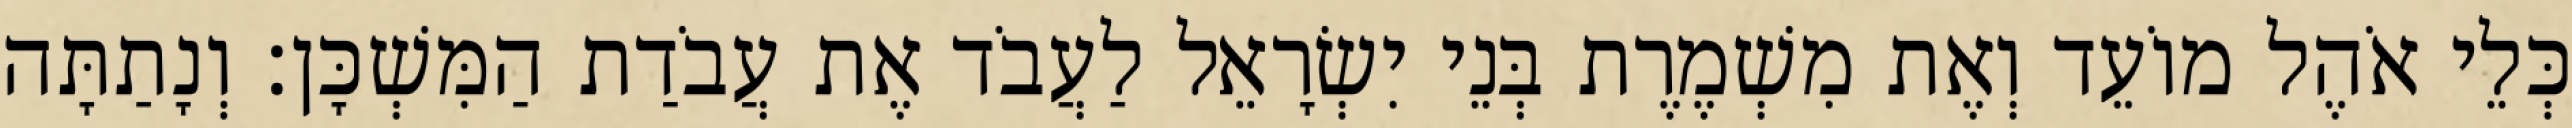
כְּלֵי אֹהֶל מוֹעֵד וְאֶת מִשְׁמֶרֶת בְּנֵי יִשְׂרָאֵל לַעֲבֹד אֶת עֲבֹדַת הַמִּשְׁכָּן׃ וְנָתַתָּה